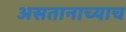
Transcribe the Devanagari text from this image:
असतानाच्याच